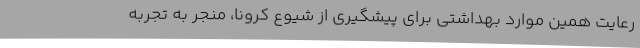
رعایت همین موارد بهداشتی برای پیشگیری از شیوع کرونا، منجر به تجربه